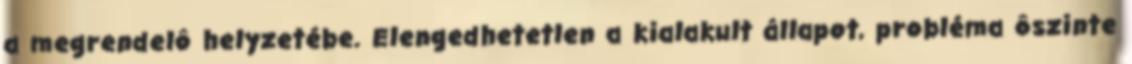
a megrendelô helyzetébe. Elengedhetetlen a kialakult állapot, probléma ôszinte